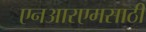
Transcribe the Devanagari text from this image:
एनआरएमसाठी